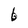
Character: b